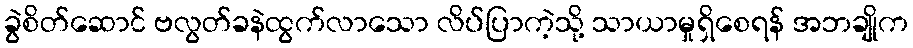
ခွဲစိတ်ဆောင် ဗလွတ်ခနဲထွက်လာသော လိပ်ပြာကဲ့သို့ သာယာမှုရှိစေရန် အဘချိုက